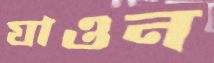
যাওন